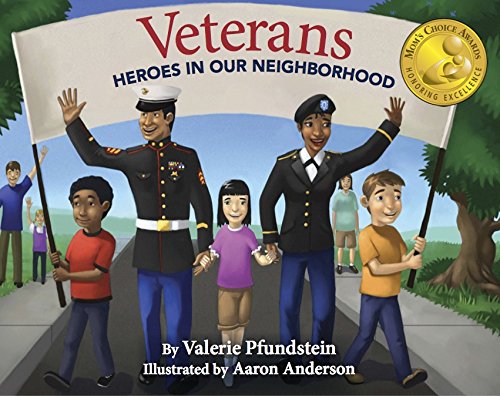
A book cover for Veterans: Heroes in Our Neighborhood; Valerie Pfundstein; Children's Books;